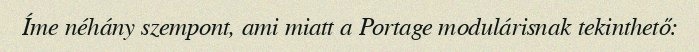
Íme néhány szempont, ami miatt a Portage modulárisnak tekinthető: